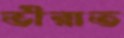
ভীরাত